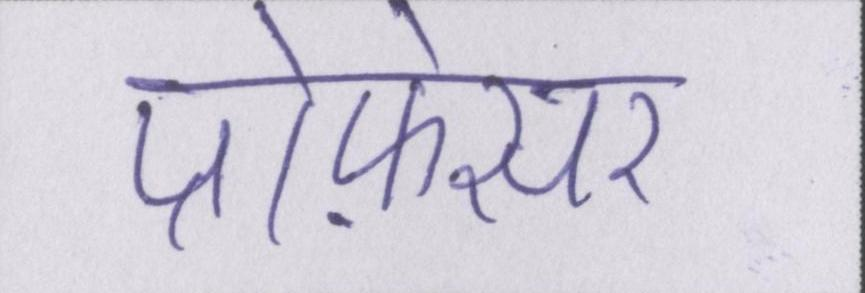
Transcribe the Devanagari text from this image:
प्रोफ़ेसर